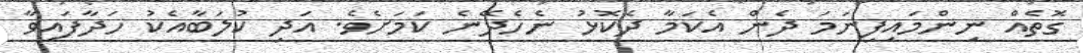
ގޮތެއް ނިންމައިފިނަމަ ދެން އެކަމާ ދެކޮޅު ނެހެދޭނެ ކަމަށެވެ. އަދި ކުލަބާއެކު ހަދާފައިވާ